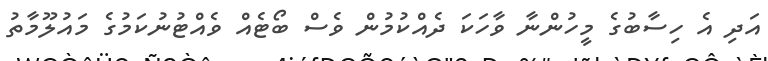
އަދި އެ ހިސާބުގެ މީހުންނާ ވާހަކަ ދެއްކުމުން ވެސް ބޯޓެއް ވެއްޓުނުކަމުގެ މައުލޫމާތު